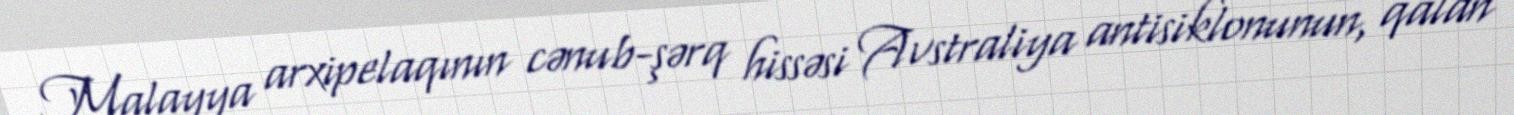
Malayya arxipelaqının cənub-şərq hissəsi Avstraliya antisiklonunun, qalan